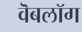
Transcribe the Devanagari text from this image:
वॆबलॉग